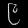
Digit: ၉